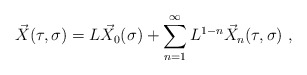
\begin{align*}\vec{X}(\tau,\sigma) = L \vec{X}_{0}(\sigma) +\sum_{n=1}^{\infty} L^{1-n} \vec{X}_{n}(\tau,\sigma)\ ,\end{align*}